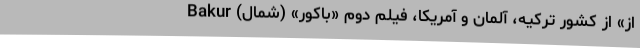
اُز» از کشور ترکیه، آلمان و آمریکا، فیلم دوم «باکور» (شمال) Bakur